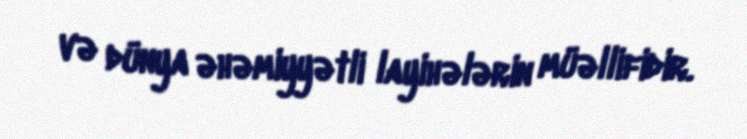
və dünya əhəmiyyətli layihələrin müəllifidir.